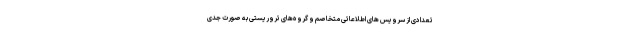
تعدادی از سرویس های اطلاعاتی متخاصم و گروه‌های تروریستی به صورت جدی